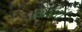
માઇરા